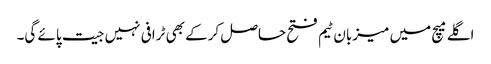
اگلے میچ میں میزبان ٹیم فتح حاصل کرکے بھی ٹرافی نہیں جیت پائے گی۔